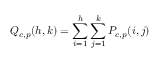
Q _ { c , p } ( h , k ) = \sum _ { i = 1 } ^ { h } \sum _ { j = 1 } ^ { k } P _ { c , p } ( i , j )